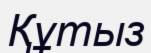
Құтыз